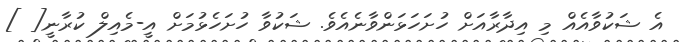
އެ ޝަކުވާއެއް މި އިދާރާއަށް ހުށަހަޅަންވާނެއެވެ. ޝަކުވާ ހުށަހެޅުމަށް އީ-މެއިލް ކުރާނީ[ ]